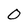
Character: 0